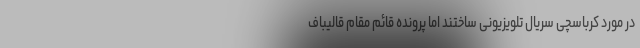
در مورد کرباسچی سریال تلویزیونی ساختند اما پرونده قائم مقام قالیباف